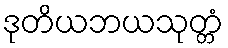
ဒုတိယဘယသုတ္တံ